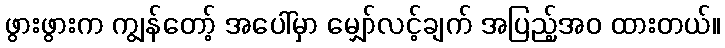
ဖွားဖွားက ကျွန်တော့် အပေါ်မှာ မျှော်လင့်ချက် အပြည့်အဝ ထားတယ်။